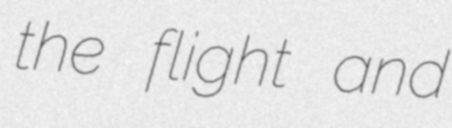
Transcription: the flight and